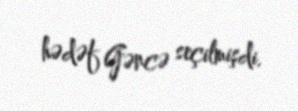
hədəf Gəncə seçilmişdi.